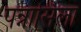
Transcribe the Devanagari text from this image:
पन्नासिला